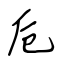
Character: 卮